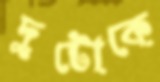
দুটোকে